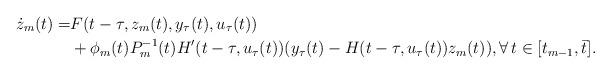
LaTeX: \begin{align*}\dot{z}_{m}(t) =&F(t-\tau,z_m(t),y_{\tau}(t),u_{\tau}(t)) \\& +\phi _{m} (t)P_{m}^{-1} (t)H'(t-\tau,u_{\tau}(t))(y_{\tau}(t)-H(t-\tau,u_{\tau}(t))z_m(t)), \forall \, t\in [t_{m-1} ,\bar{t}]. \end{align*}